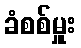
ခံစစ်မှူး